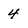
Character: 4